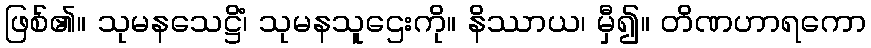
ဖြစ်၏။ သုမနသေဋ္ဌိံ၊ သုမနသူဌေးကို။ နိဿာယ၊ မှီ၍။ တိဏဟာရကော